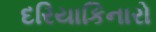
દરિયાકિનારો